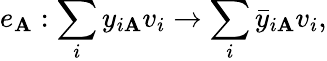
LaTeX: e_{\mathbf{A}}:\sum_{i}y_{i\mathbf{A}}v_{i}\to\sum_{i}\bar{{y}}_{i\mathbf{A}}v_{i},